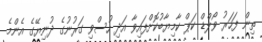
ތިން ފަހަރު ވޯލްޑް ކަޕް ކާމިޔާބުކޮށްފައިވާ އަދި ހުސްވި ގަރުނުގެ ދުނިޔޭގެ އެންމެ